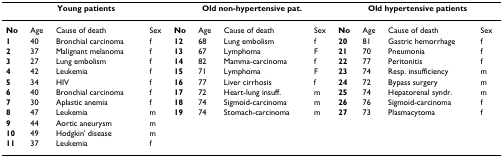
<table><thead><tr><td colspan="4"><b>Young patients</b></td><td colspan="4"><b>Old non-hypertensive pat.</b></td><td colspan="4"><b>Old hypertensive patients</b></td></tr></thead><tbody><tr><td><b>No</b></td><td>Age</td><td>Cause of death</td><td>Sex</td><td><b>No</b></td><td>Age</td><td>Cause of death</td><td>Sex</td><td><b>No</b></td><td>Age</td><td>Cause of death</td><td>Sex</td></tr><tr><td><b>1</b></td><td>40</td><td>Bronchial carcinoma</td><td>f</td><td><b>12</b></td><td>68</td><td>Lung embolism</td><td>f</td><td><b>20</b></td><td>81</td><td>Gastric hemorrhage</td><td>f</td></tr><tr><td><b>2</b></td><td>37</td><td>Malignant melanoma</td><td>f</td><td><b>13</b></td><td>67</td><td>Lymphoma</td><td>F</td><td><b>21</b></td><td>70</td><td>Pneumonia</td><td>f</td></tr><tr><td><b>3</b></td><td>27</td><td>Lung embolism</td><td>f</td><td><b>14</b></td><td>82</td><td>Mamma-carcinoma</td><td>f</td><td><b>22</b></td><td>77</td><td>Peritonitis</td><td>f</td></tr><tr><td><b>4</b></td><td>42</td><td>Leukemia</td><td>f</td><td><b>15</b></td><td>71</td><td>Lymphoma</td><td>F</td><td><b>23</b></td><td>74</td><td>Resp. insufficiency</td><td>m</td></tr><tr><td><b>5</b></td><td>34</td><td>HIV</td><td>f</td><td><b>16</b></td><td>77</td><td>Liver cirrhosis</td><td>f</td><td><b>24</b></td><td>72</td><td>Bypass surgery</td><td>m</td></tr><tr><td><b>6</b></td><td>40</td><td>Bronchial carcinoma</td><td>f</td><td><b>17</b></td><td>72</td><td>Heart-lung insuff.</td><td>m</td><td><b>25</b></td><td>74</td><td>Hepatorenal syndr.</td><td>m</td></tr><tr><td><b>7</b></td><td>30</td><td>Aplastic anemia</td><td>f</td><td><b>18</b></td><td>74</td><td>Sigmoid-carcinoma</td><td>m</td><td><b>26</b></td><td>76</td><td>Sigmoid-carcinoma</td><td>f</td></tr><tr><td><b>8</b></td><td>47</td><td>Leukemia</td><td>m</td><td><b>19</b></td><td>74</td><td>Stomach-carcinoma</td><td>m</td><td><b>27</b></td><td>73</td><td>Plasmacytoma</td><td>f</td></tr><tr><td><b>9</b></td><td>44</td><td>Aortic aneurysm</td><td>m</td><td></td><td></td><td></td><td></td><td></td><td></td><td></td><td></td></tr><tr><td><b>10</b></td><td>49</td><td>Hodgkin&#x27; disease</td><td>m</td><td></td><td></td><td></td><td></td><td></td><td></td><td></td><td></td></tr><tr><td><b>11</b></td><td>37</td><td>Leukemia</td><td>f</td><td></td><td></td><td></td><td></td><td></td><td></td><td></td><td></td></tr></tbody></table>